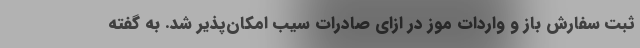
ثبت سفارش باز و واردات موز در ازای صادرات سیب امکان‌پذیر شد. به گفته